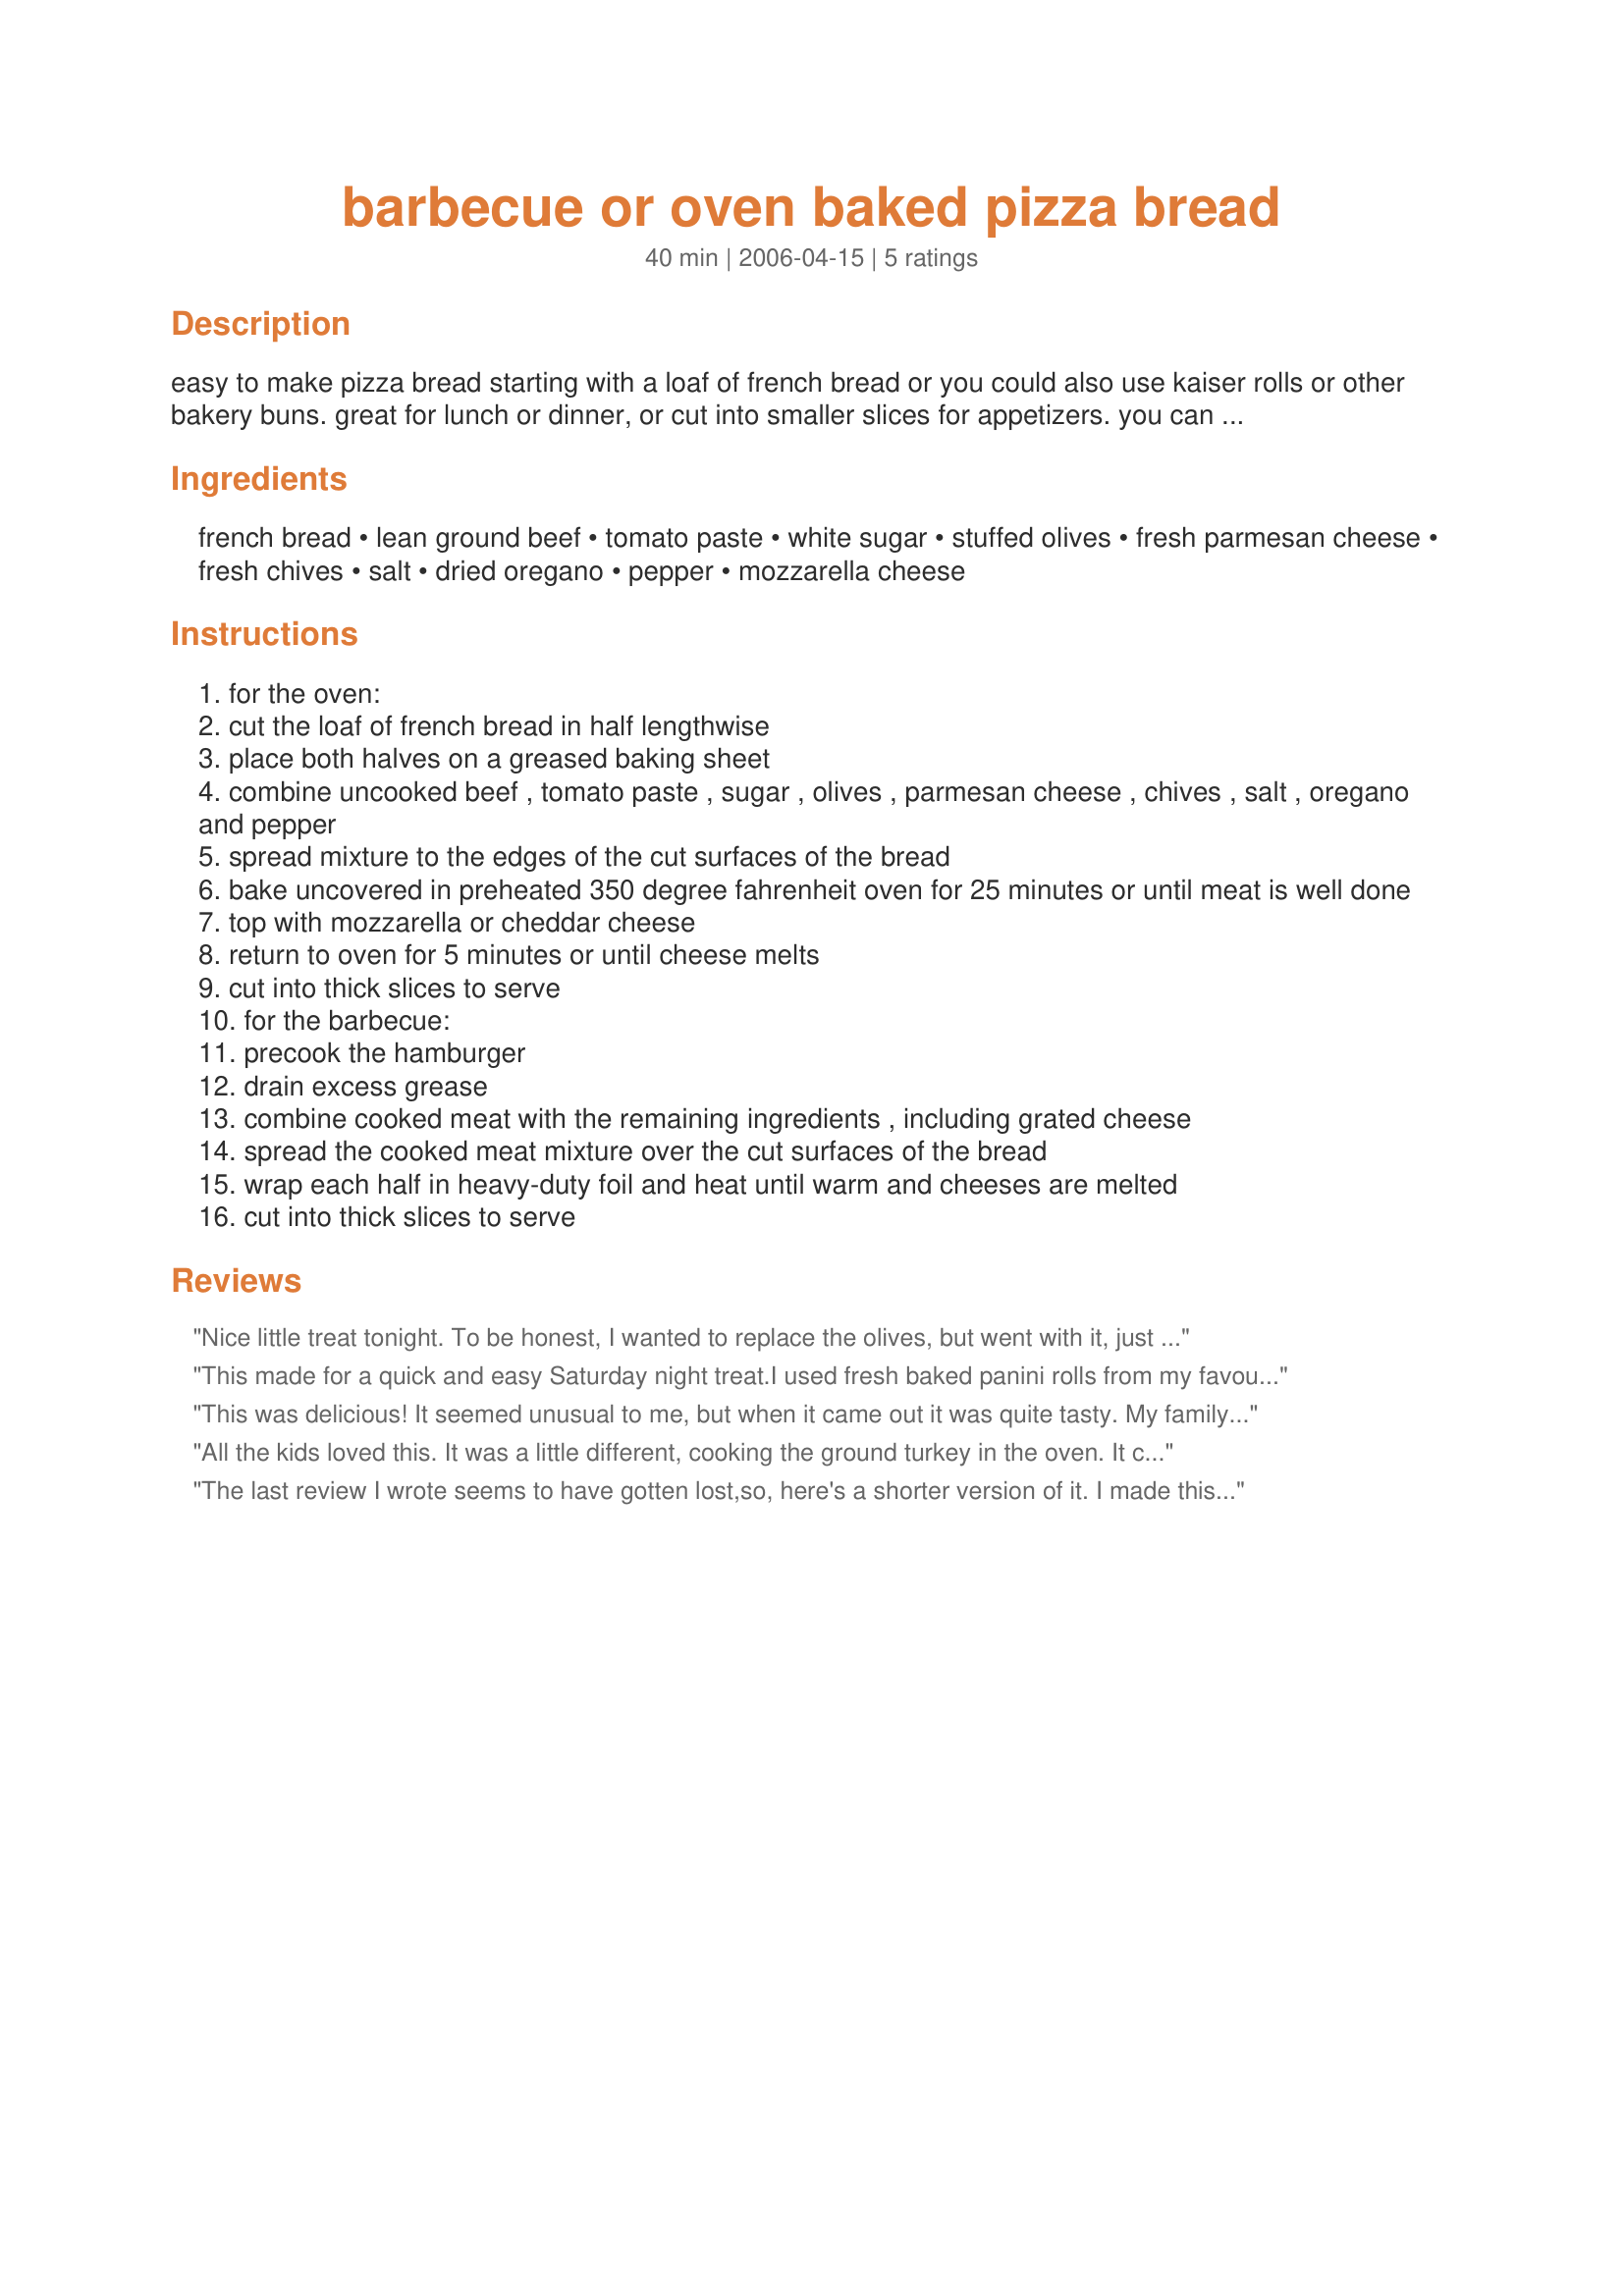
barbecue or oven baked pizza bread
Preparation time: 40 minutes

easy to make pizza bread starting with a loaf of french bread or you could also use kaiser rolls or other bakery buns. great for lunch or dinner, or cut into smaller slices for appetizers. you can bake it in the oven, or cook the hamburger first and make it on the barbecue. you can change the seasonings to taste and add other favorite pizza toppings if you like. times given are for the oven method. additional time is required to cook the hamburger for the barbecue method.

Ingredients:
french bread, lean ground beef, tomato paste, white sugar, stuffed olives, fresh parmesan cheese, fresh chives, salt, dried oregano, pepper, mozzarella cheese

Steps:
for the oven:
cut the loaf of french bread in half lengthwise
place both halves on a greased baking sheet
combine uncooked beef , tomato paste , sugar , olives , parmesan cheese , chives , salt , oregano and pepper
spread mixture to the edges of the cut surfaces of the bread
bake uncovered in preheated 350 degree fahrenheit oven for 25 minutes or until meat is well done
top with mozzarella or cheddar cheese
return to oven for 5 minutes or until cheese melts
cut into thick slices to serve
for the barbecue:
precook the hamburger
drain excess grease
combine cooked meat with the remaining ingredients , including grated cheese
spread the cooked meat mixture over the cut surfaces of the bread
wrap each half in heavy-duty foil and heat until warm and cheeses are melted
cut into thick slices to serve

Reviews:
Nice little treat tonight. To be honest, I wanted to replace the olives, but went with it, just to be fair, anyways well received by everyone here. Used cheddar cheese, brown sugar and dried chives with this.
This made for a quick and easy Saturday night treat.<br/>I used fresh baked panini rolls from my favourite bakery, and they worked really well. I also threw in a little garlic powder and a few chilli flakes into the meat mixture...delicious!<br/>Thumbs up for this. Made for PRMR.
This was delicious! It seemed unusual to me, but when it came out it was quite tasty. My family loved it, but said it was a bit messy to eat. I will experiment with some other add-ins in the sauce (pesto?) and can't wait to try it this summer on the grill.
All the kids loved this. It was a little different, cooking the ground turkey in the oven. It came out really thick and hearty. I used Italian, mushrooms on one side instead of olives, dried minced onions (wanted to use green onions, but was too lazy!) and cheddar cheese. Might try cooking the meat first next time to see how it compares. My pepperoni lover wants pepperoni on top next time! :)
The last review I wrote seems to have gotten lost,so, here's a shorter version of it. I made this for two people so I had to make quite a bit less. The best way I thought to do this was not the bake the raw filling in the bread(because I was using buns). I cooked the meat and added the rest of the filling ingredients to it. I them filled the rolls, put on the cheese and wrapped the sandwich's in foil. With 10 mins at 400 degrees and the filling being hot they turned out wonderfully! I did skip the sugar and added garlic and basil. I think DH has a new favorite sandwich. It's kind of a Sloppy Luigi and the kids will love this!
